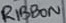
Text: RIBBON